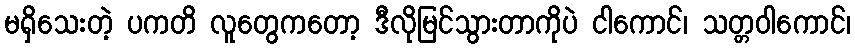
မရှိသေးတဲ့ ပကတိ လူတွေကတော့ ဒီလိုမြင်သွားတာကိုပဲ ငါကောင်၊ သတ္တဝါကောင်၊